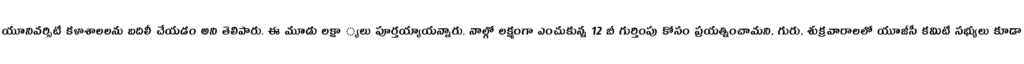
యూనివర్సిటీ కళాశాలలను బదిలీ చేయడం అని తెలిపారు. ఈ మూడు లక్షా ్యలు పూర్తయ్యాయన్నారు. నాల్గో లక్ష్యంగా ఎంచుకున్న 12 బీ గుర్తింపు కోసం ప్రయత్నించామని, గురు, శుక్రవారాలలో యూజీసీ కమిటీ సభ్యులు కూడా